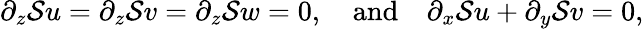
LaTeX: \partial_{z}\mathcal{S}u=\partial_{z}\mathcal{S}v=\partial_{z}\mathcal{S}w=0,\quad\textrm{and}\quad\partial_{x}\mathcal{S}u+\partial_{y}\mathcal{S}v=0,